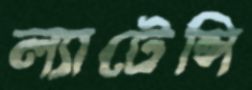
ল্যাটেন্সি